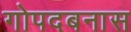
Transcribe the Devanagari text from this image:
गोपदबनास